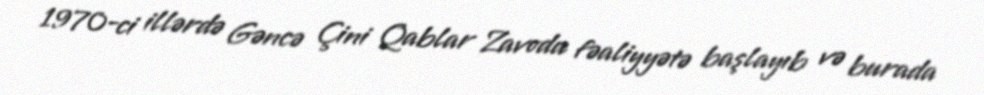
1970-ci illərdə Gəncə Çini Qablar Zavodu fəaliyyətə başlayıb və burada